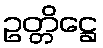
ဥတ္တိဋ္ဌေ